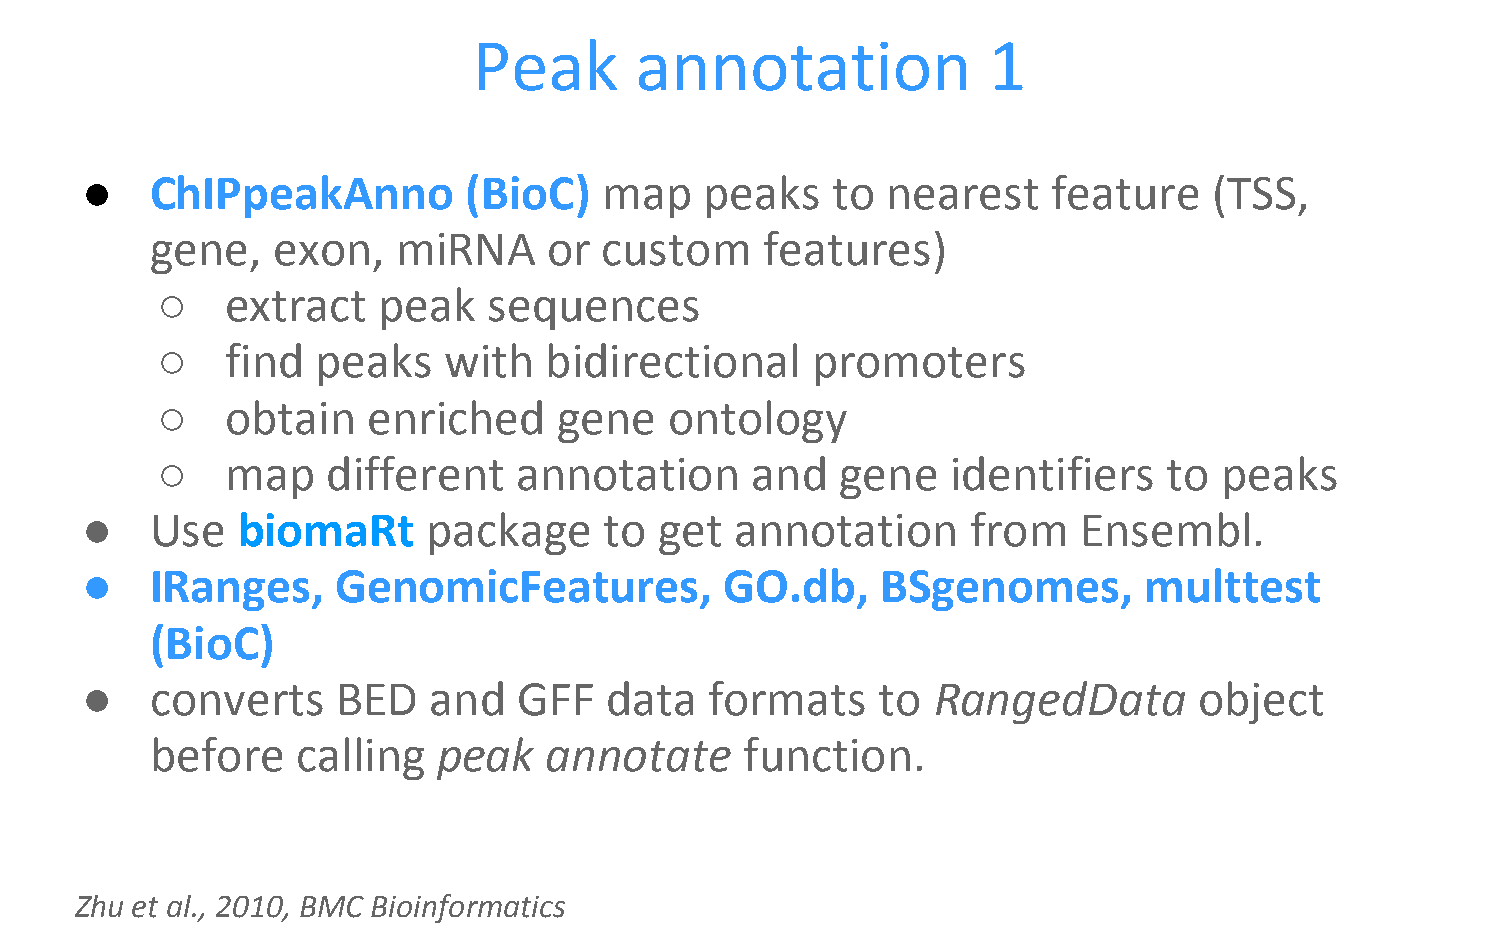
Peak       annotation             1
 ●    ChIPpeakAnno         (BioC)   map    peaks   to  nearest    feature   (TSS,
 gene,   exon,   miRNA     or  custom     features)
 ○    extract   peak   sequences
 ○    find  peaks   with   bidirectional     promoters
 ○    obtain   enriched     gene   ontology
 ○    map    different   annotation      and   gene   identifiers   to  peaks
 ●    Use   biomaRt     package     to  get  annotation     from   Ensembl.
 ●    IRanges,    GenomicFeatures,          GO.db,    BSgenomes,        multtest
 (BioC)
 ●    converts    BED   and   GFF   data   formats    to  RangedData       object
 before    calling  peak   annotate     function.
 Zhu et al., 2010, BMC Bioinformatics